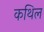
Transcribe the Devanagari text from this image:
कथिल